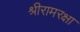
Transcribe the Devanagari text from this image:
श्रीरामरक्षा